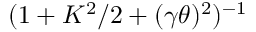
( 1 + K ^ { 2 } / 2 + ( \gamma \theta ) ^ { 2 } ) ^ { - 1 }